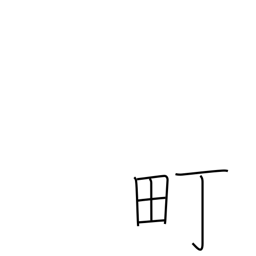
Meaning: block